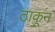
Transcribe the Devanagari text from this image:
ठाकून